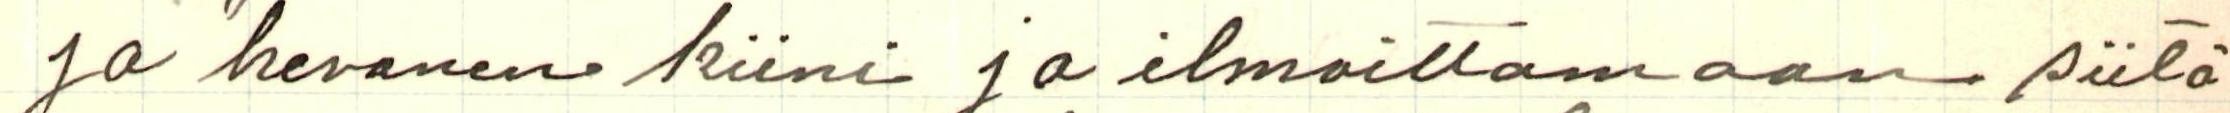
ja hevonen kiini ja ilmoittamaan siitä